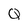
Character: Q